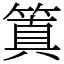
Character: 䈯